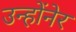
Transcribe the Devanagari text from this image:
उन्होंनेर